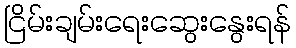
ငြိမ်းချမ်းရေးဆွေးနွေးရန်